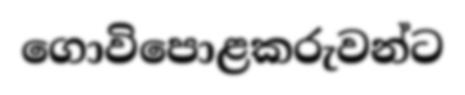
ගොවිපොළකරුවන්ට